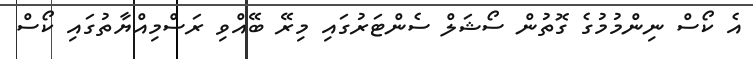
އެ ކޯސް ނިންމުމުގެ ގޮތުން ސޯޝަލް ސެންޓަރުގައި މިރޭ ބޭއްވި ރަސްމިއްޔާތުގައި ކޯސް